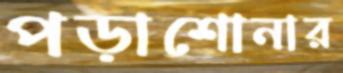
পড়াশোনার